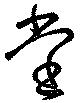
堂